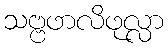
သဗ္ဗဖာလိဖုလ္လာ